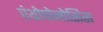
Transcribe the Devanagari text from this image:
एंथ्रोपोनोसिस